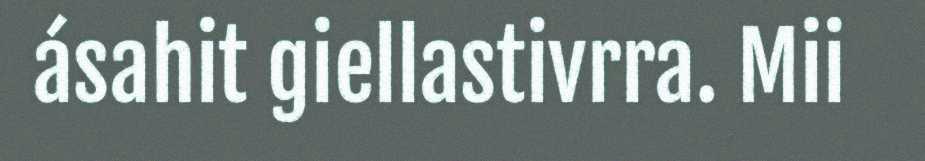
ásahit giellastivrra. Mii